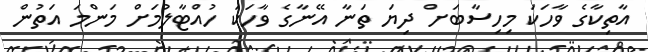
އާތިކާގެ ވާހަަކަަ މިހިސާބަށް ދިޔަ ތަނާ އޭނާގެ ވާހަކަަ ހުއްޓާލުމަށް މަންމަ އަތުން